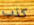
كذب